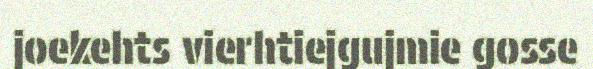
joekehts vierhtiejgujmie gosse